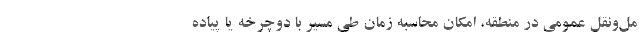
مل‌و‌نقل عمومی در منطقه، امکان محاسبه زمان طی مسیر با دوچرخه یا پیاده